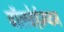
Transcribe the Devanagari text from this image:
वॉलवेर्हम्प्टन